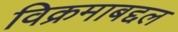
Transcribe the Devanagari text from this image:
विक्रमाबद्दल